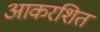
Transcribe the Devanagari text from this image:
आकरशित